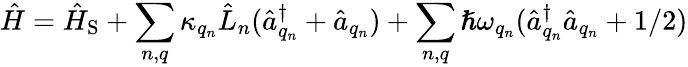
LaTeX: \hat{H}=\hat{H}_{\textrm{S}}+\sum_{n,q}\kappa_{q_{n}}\hat{L}_{n}(\hat{a}_{q_{n}}^{\dagger}+\hat{a}_{q_{n}})+\sum_{n,q}\hslash\omega_{q_{n}}(\hat{a}_{q_{n}}^{\dagger}\hat{a}_{q_{n}}+1/2)